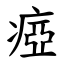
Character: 瘂